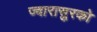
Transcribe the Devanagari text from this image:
ज्वारासुरको